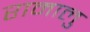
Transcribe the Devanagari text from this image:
रामालु